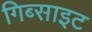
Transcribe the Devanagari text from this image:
गिब्साइट